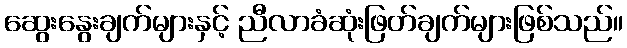
ဆွေးနွေးချက်များနှင့် ညီလာခံဆုံးဖြတ်ချက်များဖြစ်သည်။